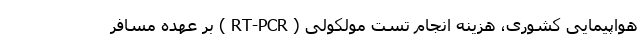
هواپیمایی کشوری، هزینه انجام تست مولکولی ( RT-PCR ) بر عهده مسافر